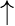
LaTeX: \mathord{\uparrow}